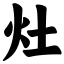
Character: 灶